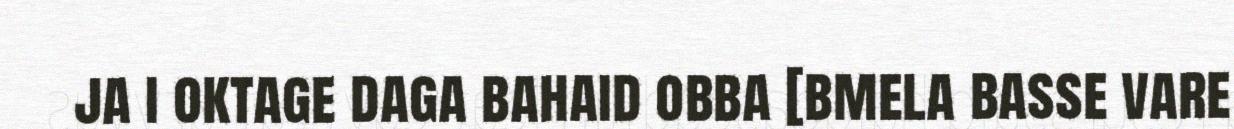
ja i oktage daga bahaid obba [bmela basse vare